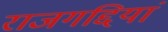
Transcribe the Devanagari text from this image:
राजगद्दियां